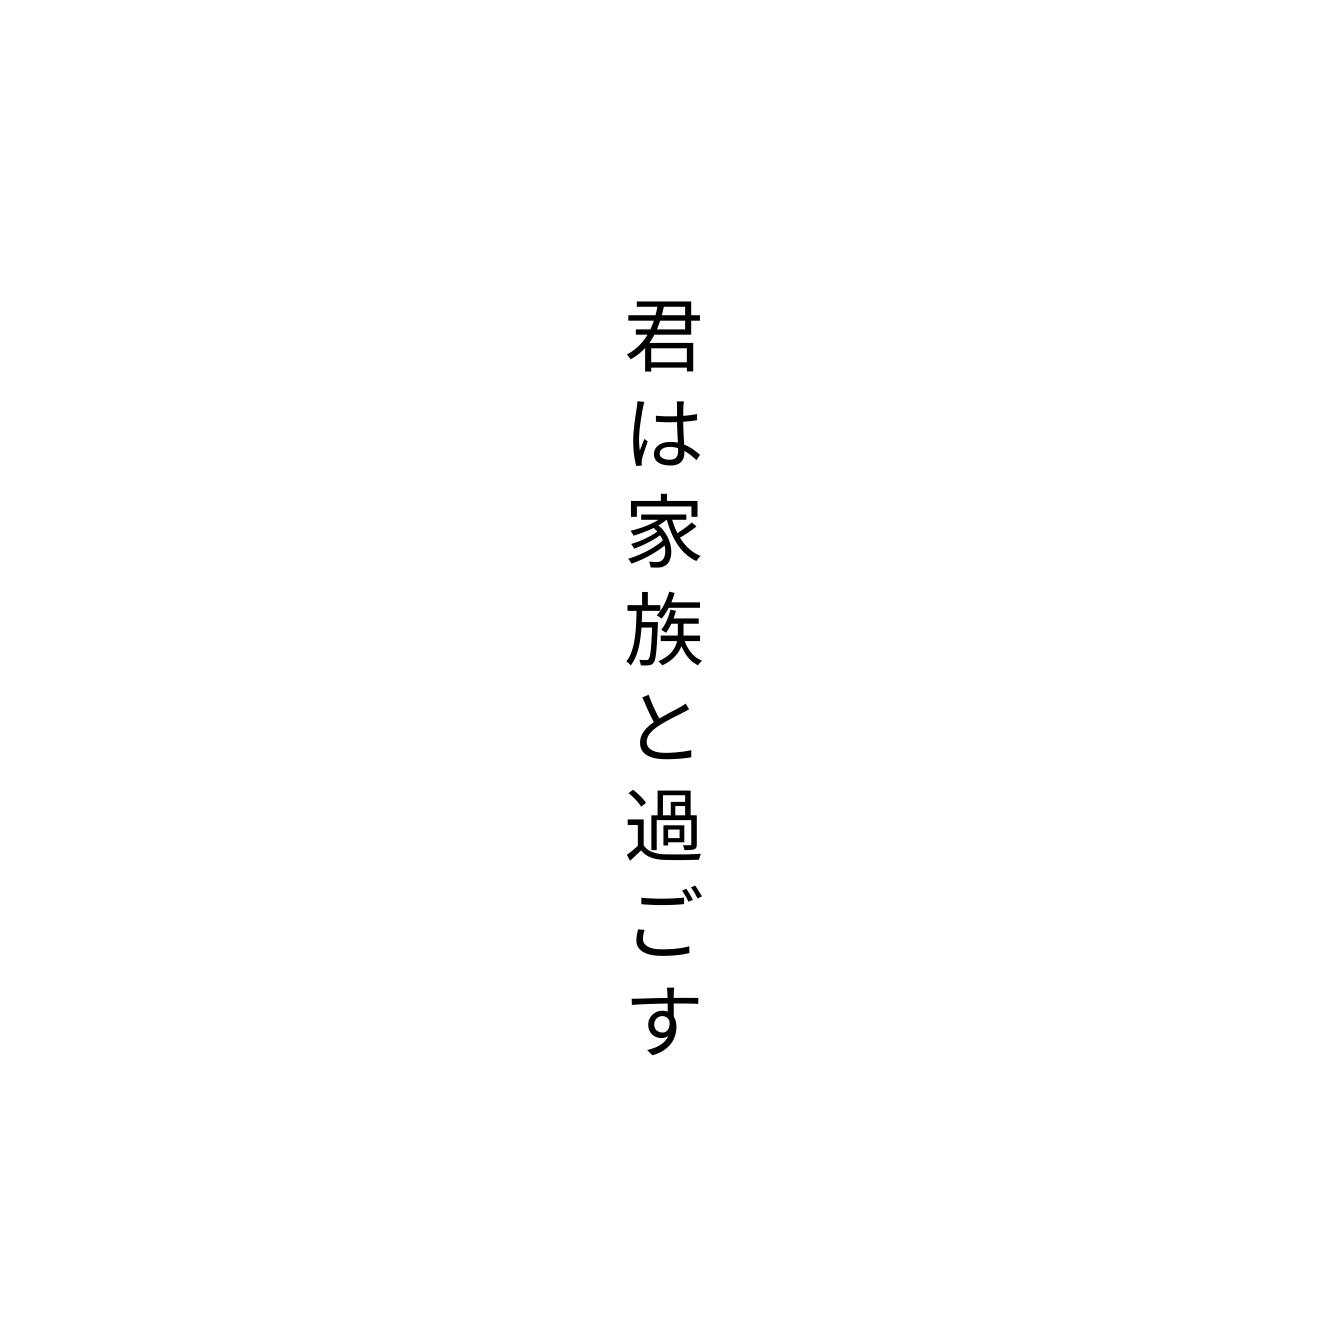
君は家族と過ごす